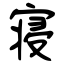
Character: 寝